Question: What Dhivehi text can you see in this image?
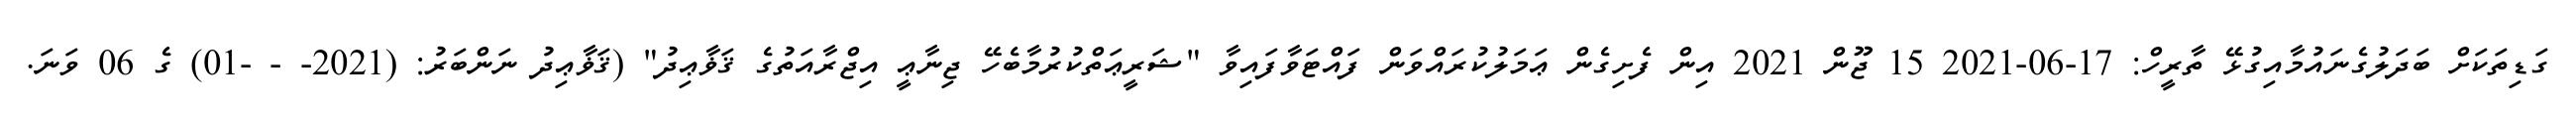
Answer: ގަޑިތަކަށް ބަދަލުގެނައުމާއިގުޅޭ ތާރީހް: 17-06-2021 15 ޖޫން 2021 އިން ފެށިގެން ޢަމަލުކުރައްވަން ފައްޓަވާފައިވާ "ޝަރީޢަތްކުރުމާބެހޭ ޖިނާޢީ އިޖްރާއަތުގެ ޤަޥާޢިދު" (ޤަޥާޢިދު ނަންބަރު: (2021- - -01) ގެ 06 ވަނަ.